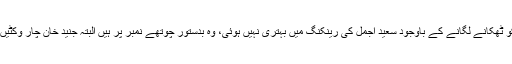
دوسری جانب گیند بازوں پر نظر ڈالیں تو ابوظہبی میں 6 حریف بلے بازوں کو ٹھکانے لگانے کے باوجود سعید اجمل کی رینکنگ میں بہتری نہیں ہوئی، وہ بدستور چوتھے نمبر پر ہیں البتہ جنید خان چار وکٹیں لینے کے بعد 10 درجے پھلانگ کر 22 ویں نمبر پر ضرور پہنچ گئے ہیں۔